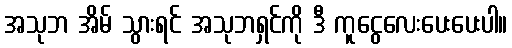
အသုဘ အိမ် သွားရင် အသုဘရှင်ကို ဒီ ကူငွေလေးပေးပေးပါ။